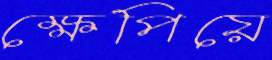
ক্ষেপিয়ে